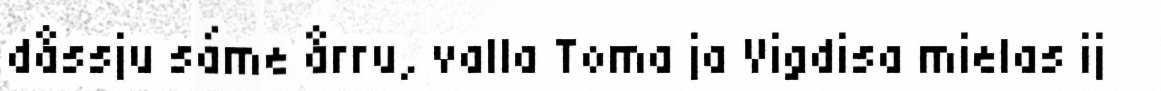
dåssju sáme årru, valla Toma ja Vigdisa mielas ij